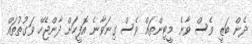
ދެން ބަޒީ ވެސް ވާނެ މީޓިންތައް ވެސް ގިނަވާނެ އޮފީހަށް ދާންޖެހޭ ވަގުތުތައް